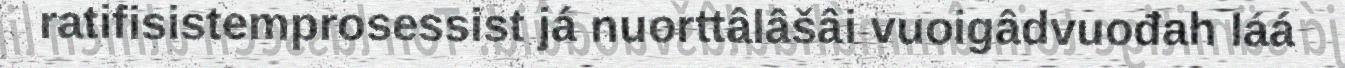
ratifisistemprosessist já nuorttâlâšâi vuoigâdvuođah láá